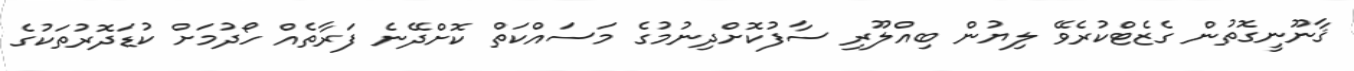
ޤާނޫނީގޮތުން ގެޒެޓްކުރެވޭ ލިޔުން ބިއްލޫރި ސާފުކޮށްދިނުމުގެ މަސައްކަތް ކޮށްދޭނެ ފަރާތެއް ހޯދުމަށް ކުޑަދޮރުތަކުގެ